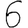
Digit: 6